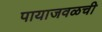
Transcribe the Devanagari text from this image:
पायाजवळची